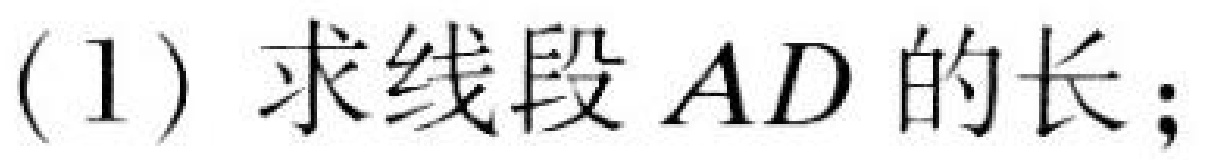
(1) 求线段 \(AD\) 的长；